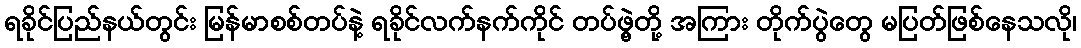
ရခိုင်ပြည်နယ်တွင်း မြန်မာစစ်တပ်နဲ့ ရခိုင်လက်နက်ကိုင် တပ်ဖွဲ့တို့ အကြား တိုက်ပွဲတွေ မပြတ်ဖြစ်နေသလို၊